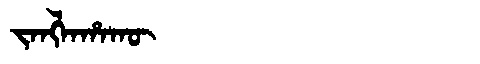
Manchu: ᠵᠠᠩᠯᠠᡥᠠᡴᡡ
Romanization: JANGLAHAKŪ